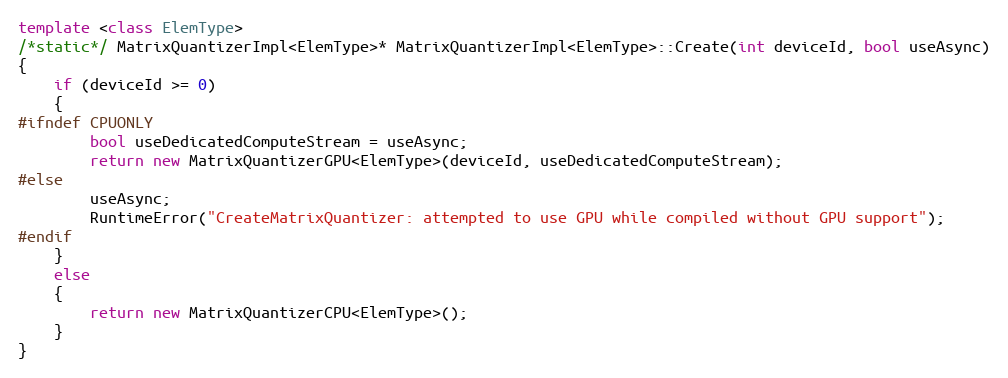
Language: C++
template <class ElemType>
/*static*/ MatrixQuantizerImpl<ElemType>* MatrixQuantizerImpl<ElemType>::Create(int deviceId, bool useAsync)
{
    if (deviceId >= 0)
    {
#ifndef CPUONLY
        bool useDedicatedComputeStream = useAsync;
        return new MatrixQuantizerGPU<ElemType>(deviceId, useDedicatedComputeStream);
#else
        useAsync;
        RuntimeError("CreateMatrixQuantizer: attempted to use GPU while compiled without GPU support");
#endif
    }
    else
    {
        return new MatrixQuantizerCPU<ElemType>();
    }
}